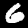
Digit: 6